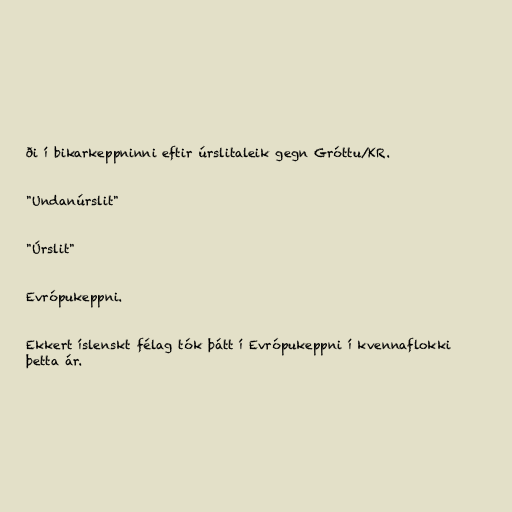
ði í bikarkeppninni eftir úrslitaleik gegn Gróttu/KR.

"Undanúrslit"

"Úrslit"

Evrópukeppni.

Ekkert íslenskt félag tók þátt í Evrópukeppni í kvennaflokki
þetta ár.